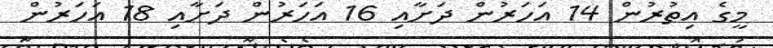
މީގެ އިތުރުން 14 އަހަރުން ދަށާއި 16 އަހަރުން ދަށާއި 18 އަހަރުން